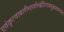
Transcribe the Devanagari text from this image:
एवंकृत्वाबलीन्सर्वान्क्षीरेणाभ्युक्ष्यवाग्यतः